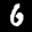
Label: 6